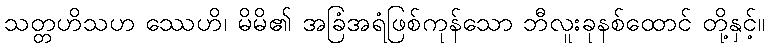
သတ္တဟိသဟ ဿေဟိ၊ မိမိ၏ အခြံအရံဖြစ်ကုန်သော ဘီလူးခုနစ်ထောင် တို့နှင့်။